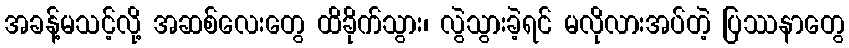
အခန့်မသင့်လို့ အဆစ်လေးတွေ ထိခိုက်သွား၊ လွဲသွားခဲ့ရင် မလိုလားအပ်တဲ့ ပြဿနာတွေ